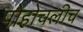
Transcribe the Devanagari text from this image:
पोहोचलीच